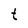
Character: t